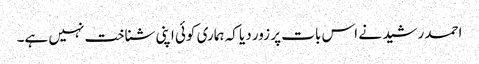
احمد رشید نے اس بات پر زور دیا کہ ہماری کوئی اپنی شناخت نہیں ہے۔